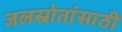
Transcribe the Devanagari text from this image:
जलस्रोतांसाठी